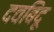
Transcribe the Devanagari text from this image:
दवबिंदू